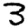
Digit: 3